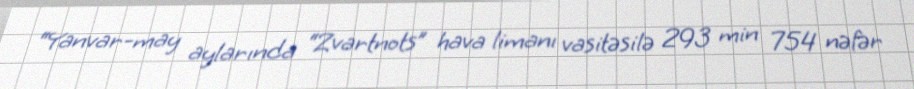
“Yanvar-may aylarında “Zvartnots” hava limanı vasitəsilə 293 min 754 nəfər